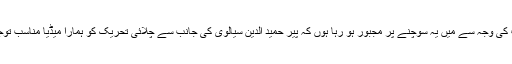
شاید اسی کیفیت کی وجہ سے میں یہ سوچنے پر مجبور ہو رہا ہوں کہ پیر حمید الدین سیالوی کی جانب سے چلائی تحریک کو ہمارا میڈیا مناسب توجہ نہیں دے رہا۔